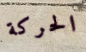
الحركة